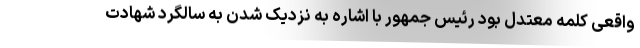
واقعی کلمه معتدل بود رئیس جمهور با اشاره به نزدیک شدن به سالگرد شهادت